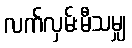
လက်လှမ်းမီသမျှ